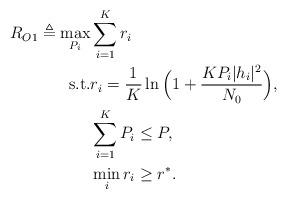
LaTeX: \begin{align*} \begin{aligned}R_{ {O1}}\triangleq\max_{{P}_i}&\sum_{i=1}^K r_i\\\mathrm{s.t.} &r_i=\frac{1}{K}\ln \Big(1+\frac{KP_i|h_i|^2}{N_0} \Big),\\&\sum_{i=1}^K P_i\leq P,\\ &\min_i r_i\geq r^*.\\ \end{aligned}\end{align*}